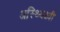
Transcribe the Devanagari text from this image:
अस्थ्यिक्ष्यी